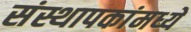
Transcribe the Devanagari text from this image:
संस्थापकांमध्ये